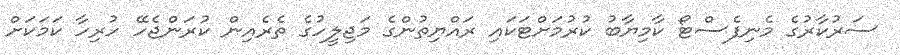
ސަރުކާރުގެ މެނިފެސްޓޯ ކާމިޔާބު ކުރުމަށްޓަކައި ރައްޔިތުންގެ މަޖިލީހުގެ ތެރެއިން ކުރަންޖެހޭ ހުރިހާ ކަމަކަށް